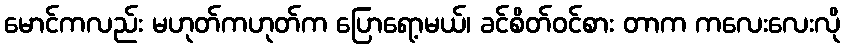
မောင်ကလည်း မဟုတ်ကဟုတ်က ပြောရော့မယ်၊ ခင်စိတ်ဝင်စား တာက ကလေးလေးလို